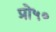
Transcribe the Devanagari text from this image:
प्रो५०